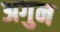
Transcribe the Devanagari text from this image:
अगुन